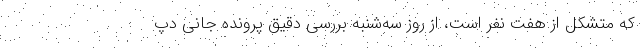
که متشکل از هفت نفر است، از روز سه‌شنبه بررسی دقیق پرونده جانی دپ